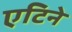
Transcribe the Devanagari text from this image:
एटिने